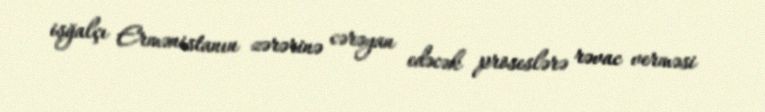
işğalçı Ermənistanın zərərinə cərəyan edəcək proseslərə rəvac verməsi